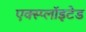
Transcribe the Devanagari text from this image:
एक्स्प्लाॅइटेड